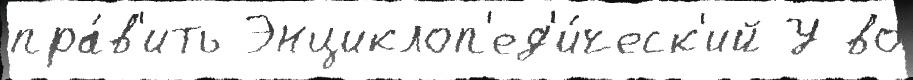
пра́в'ить Энциклоп'ед'и́ческ'ий У во